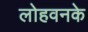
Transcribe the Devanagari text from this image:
लोहवनके